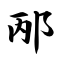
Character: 邴